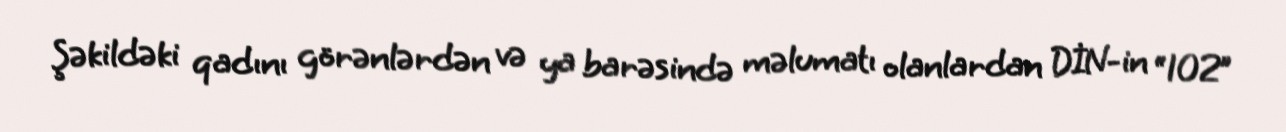
Şəkildəki qadını görənlərdən və ya barəsində məlumatı olanlardan DİN-in “102”